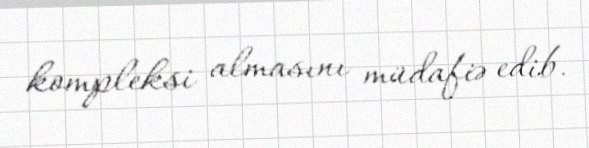
kompleksi almasını müdafiə edib.